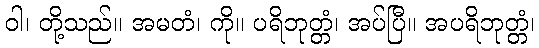
ဝါ၊ တို့သည်။ အမတံ၊ ကို။ ပရိဘုတ္တံ၊ အပ်ပြီ။ အပရိဘုတ္တံ၊